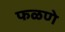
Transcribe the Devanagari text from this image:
फळणे